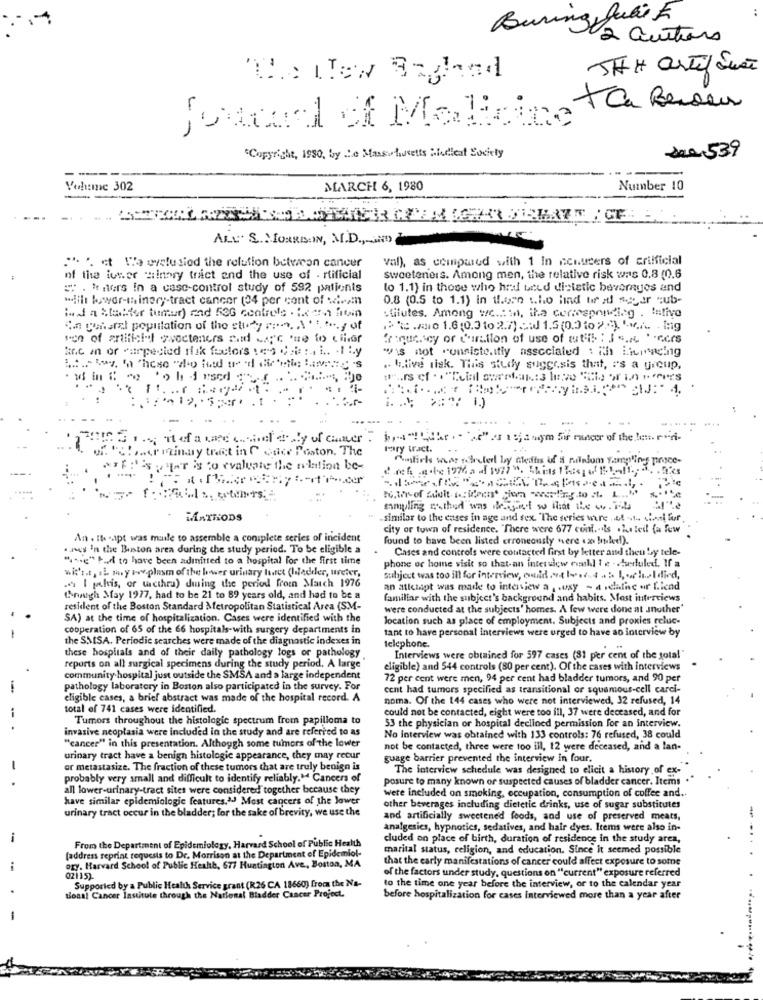
Buring Julie E
2 auctions
THE artif She
"The New Bighead
Journal of Malizing ta Beren
"Copyright, 1980, by .e Mussofusetts Siedieat Society
de0 539
Veh:mc 302
MARCH 6, 1980
Number 10
ALL' S. MOREDIN, M.D .,
val), as compared with 1 In nenusers of crilficial
". ct We walusied the relation between cancer
of the iuser Hilnory tract and the use of . rtificial
sweeteners. Among men, the relative risk was 0.8 (0.6
=: . Wiers in a case-control study of 592 patients
to 1.1) in those who hnd beed dietetic beverages and
will lower-in inery-tract cancer (34 per cent of wi .. in
0.8 (0.5 to 1.1) in those who had tir id sogar sub-
:da Stealter tumur) and 53G controle . tocon fitin
stilutes. Among w/c .: ), the corresponding . Intivo
Via general population of the sty ron. A. .. .... y of
freguescy of duration of use of wartil : J sences
krc in or "arpesied risk factors !es Cit ., i .. . It.y
is not "unsiste. itly associated : the Liepacing
.. . tive tisk. This study suggesis that, is a group,
.rminay tract in C ace Poston. The
Fry tract.
's water is to evaluate the ndation be-
mmyling .thed was de jici w that the w.il
MATRODS
similar to the cases in age and sex. The series ware .. of ... inni fur,
city of town of residence. "There were 677 cont .. ils .heteit (a few
An . It -apt was maile to assemble a coniplete series of incident
found to have been listed erroneously were a boyled!).
.nos 'n the Benton area during the study period. To be eligible a
Cases and controls were contacted first by letter and then by tele-
" ... e" tud to have been adinitted to a hospital For the first time
phone or home visit so that-an interview ruhl I e - . heduled. If a
wit's.t, si my www.plasm of the lower urinary huset (hledder, ureter,
subject was too ill for interview, could at least as buchel died,
. I polis, or ucthru) during the period from March 1976
an atletapt was made to interview a , . oxy - 4 realise or f.lend
through May 1977, had to be 21 to 89 years old, and had to be a
familiar with the subject's background and habits. Most interviews
resident of the Boston Standard Metropolitan Statistical Area (SM-
were conducted at the subjects' homes. A few were done at another'
SA) at the time of hospitalization. Cases were identified with the
location such as place of employment. Subjects and proxies reluc-
cooperation of 65 of the 66 hospitals-with surgery departments in
tant to have personal interviews were urged to have ao interview by
the SMSA. Periodic searches were made of the diagnostic indexes in
these hospitals and of their daily pathology logs or pathology
telephone.
Interviews were obtained for 597 cases (81 per cent of the total"
reports on all surgical specimens during the study period. A large
eligible) and 544 controls (80 per cent). Of the cases with interviews
community hospital just outside the SMSA and a large independent
72 per cent were men, 94 per cent had bladder tumors, and 90 per
-
pathology laboratory in Boston also participated in the survey. For
cent had tumors specified as transitional or squamous-cell carci-
eligible cases, a brief abstract was made of the hospital record. A
noma. Of the 144 cases who were not interviewed, 32 refused, 14
total of 741 cases were identified.
could not be contacted, eight were too ill, 37 were deceased, and for
Tumors throughout the histologie spectrum frem papilloma to
invasive neoplasia were included in the study and are referred to as
53 the physician or hospital declined permission for an interview.
No Interview was obtained with 133 controls: 76 refused, 38 could
"cancer" in this presentation. Although some tumors of the lower
not be contacted, three were too ill, 12 were deceased, and a lan-
urinary tract have a benign histologic appearance, they may recur
guage barrier prevented the interview in four.
-
or metastasize. The fraction of these tumors that are truly benign is
The interview schedule was designed to elicit a history of ex-
probably very small and difficult to identify reliably.M Cancers of
posure to many known or suspected causes of bladder cancer. Items ."
all lower-urinary-tract sites were considered together because they
have similar epidemiologic features."- Most cancers of the lower
were included on smoking, occupation, consumption of coffee and ..
urinary tract occur in the bladder; for the sake of brevity, we use the
other beverages including dietetic drinks, use of sugar substitutes
and artificially sweetened foods, and use of preserved meats,
analgesics, hypnotics, sedatives, and hair dyes. Items were also in-
From the Department of Epidemiology, Harvard School of Public Health
cluded on place of birth, duration of residence in the study area,
marital status, religion, and education. Since it seemed possible
[address reprint requests to Dr. Morrison at the Department of Epidemiol-
that the early manifestations of cancer could affect exposure to some
ogy. Harvard School of Public Health, 677 Huntington Ave ., Boston, MA
of the factors under study, questions on ""current" exposure referred
02115).
Supported by a Public Health Service grant (R26 CA 18660) from the Na-
to the time one year before the interview, or to the calendar year
tions! Cancer Insutule through the National Bladder Cancer Project.
before hospitalization for cases interviewed more than a year after